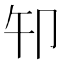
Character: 𰆍